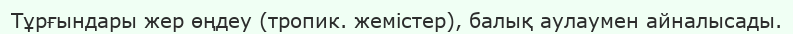
Тұрғындары жер өңдеу (тропик. жемістер), балық аулаумен айналысады.